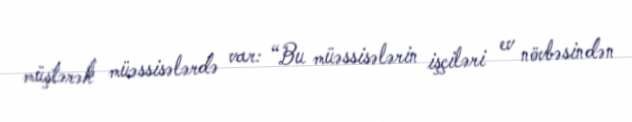
müştərək müəssisələrdə var: “Bu müəssisələrin işçiləri ev növbəsindən